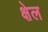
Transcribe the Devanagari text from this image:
क्षेल